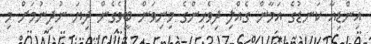
އިންޑިއާ ކަނޑުގެ އަމާން ގެއްލި ދިވެހިންގެ މިނިވަން ބީވެގެން ދިޔަ ނުދިނުމަށް މި